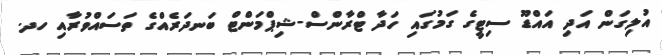
އުލިގަން އަދި އައްޑޫ ސިޓީގެ ގަމުގައި ހަދާ ޓްރާންސް-ޝިޕްމަންޓް ބަނދަރެއްގެ ތަސައްވުރާއި ހދ.